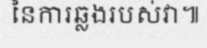
នៃការឆ្លងរបស់វា៕